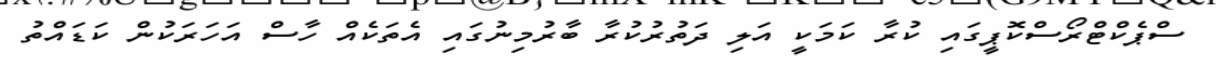
ސްޕެކްޓްރޯސްކޮޕީގައި ކުރާ ކަމަކީ އަލި ދަތުރުކުރާ ބާރުމިނުގައި އެތަކެއް ހާސް އަހަރަކުން ކަޑައްތު